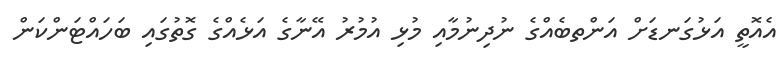
އެއޮތީ އަޅުގަނޑަށް އަންތބެއްގެ ނުދިނުމާއި މުޅި އުމުރު އޭނާގެ އަޅެއްގެ ގޮތުގައި ބަހައްޓަންކަން